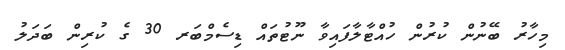
މިހާރު ބޭނުން ކުރުން ހުއްޓާލާފައިވާ ނޫޓުތައް ޑިސެމްބަރ 30 ގެ ކުރިން ބަދަލު